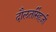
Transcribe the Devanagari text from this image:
दौलतसिंहजी